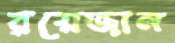
রয়েজান